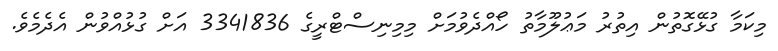
މިކަމާ ގުޅޭގޮތުން އިތުރު މަޢުލޫމާތު ހޯއްދެވުމަށް މިމިނިސްޓްރީގެ 3341836 އަށް ގުޅުއްވުން އެދެމެވެ.